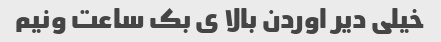
خیلی دیر اوردن بالا ی بک ساعت ونیم